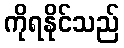
ကိုရနိုင်သည်